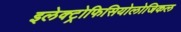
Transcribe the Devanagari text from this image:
इलेक्ट्रोफिसियोलोजिकल